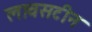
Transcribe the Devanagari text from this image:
लावसटीन